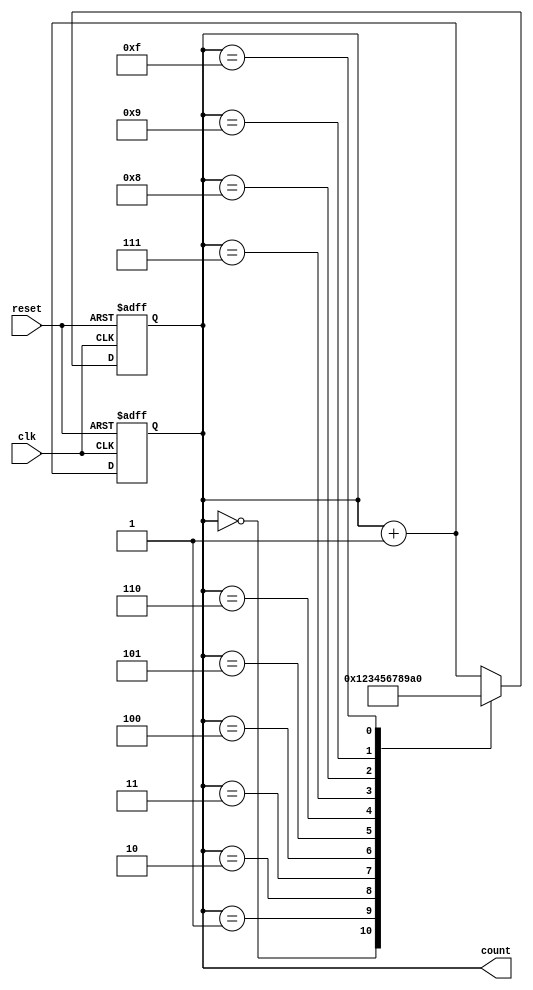
module async_counter #(parameter N = 4) (
    input clk,
    input reset,
    output reg [N-1:0] count
);

// Asynchronous reset
always @(posedge clk or posedge reset) begin
    if (reset) begin
        count <= 0; // Reset the count to zero
    end else begin
        count <= count + 1; // Increment the count
    end
end

// Flip-flops logic to count
always @(posedge clk or posedge reset) begin
    if (reset) begin
        count <= 0; // Reset the counter on reset
    end else begin
        // T flip-flop behavior simulated
        case (count)
            0: count <= 1;                  // Count from 0 to 1
            1: count <= 2;                  // Count from 1 to 2
            2: count <= 3;                  // Count from 2 to 3
            3: count <= 4;                  // Count from 3 to 4
            4: count <= 5;                  // Count from 4 to 5
            5: count <= 6;                  // Count from 5 to 6
            6: count <= 7;                  // Count from 6 to 7
            7: count <= 8;                  // Count from 7 to 8
            8: count <= 9;                  // Count from 8 to 9
            9: count <= 10;                 // Count from 9 to 10
            // Extend up to 2^N - 1
            15: count <= 0;                 // Reset to 0 after max count
            default: count <= count + 1;    // Increment count normally
        endcase
    end
end

endmodule